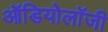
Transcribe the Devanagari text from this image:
ऑडियोलॉजी